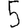
Digit: 5